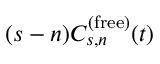
( s - n ) C _ { s , n } ^ { ( \mathrm { f r e e } ) } ( t )